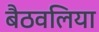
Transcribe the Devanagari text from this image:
बैठवलिया